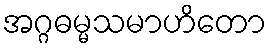
အဂ္ဂဓမ္မသမာဟိတော